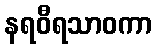
နရဝီရသာဝကာ